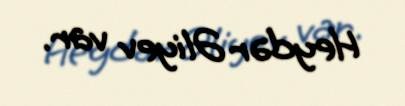
Heydər Əliyev var.